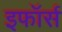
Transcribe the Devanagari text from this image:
इफॉर्स